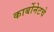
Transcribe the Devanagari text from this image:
कार्बोनेटचे